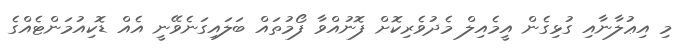
މި އިޢުލާނާއި ގުޅިގެން އީމެއިލް މެދުވެރިކޮށް ފޮނުއްވާ ފޯމުތައް ބަލައިގަނެވޭނީ އެއް ޑޮކިއުމަންޓެއްގެ